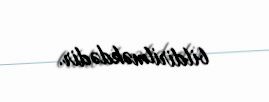
bildirilməkdədir.